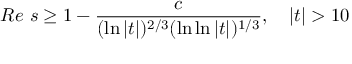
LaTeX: R e \ s \geq 1 - { \frac { c } { ( \ln | t | ) ^ { 2 / 3 } ( \ln \ln | t | ) ^ { 1 / 3 } } } , \quad | t | > 1 0